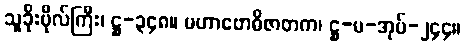
သူခိုးဗိုလ်ကြီး၊ ဋ္ဌ-၃၄၈။ မဟာဗောဓိဇာတက၊ ဋ္ဌ-မ-အုပ်-၂၄၄။